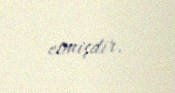
etmişdir.